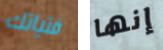
فتياتك إنها